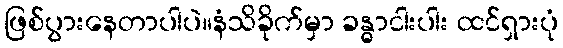
ဖြစ်ပွားနေတာပါပဲ။နံသိခိုက်မှာ ခန္ဓာငါးပါး ထင်ရှားပုံ